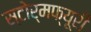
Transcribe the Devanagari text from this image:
स्टोर्मफ्यूरी